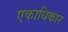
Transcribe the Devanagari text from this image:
एकाधिकार